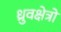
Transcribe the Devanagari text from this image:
ध्रुवक्षेत्रों